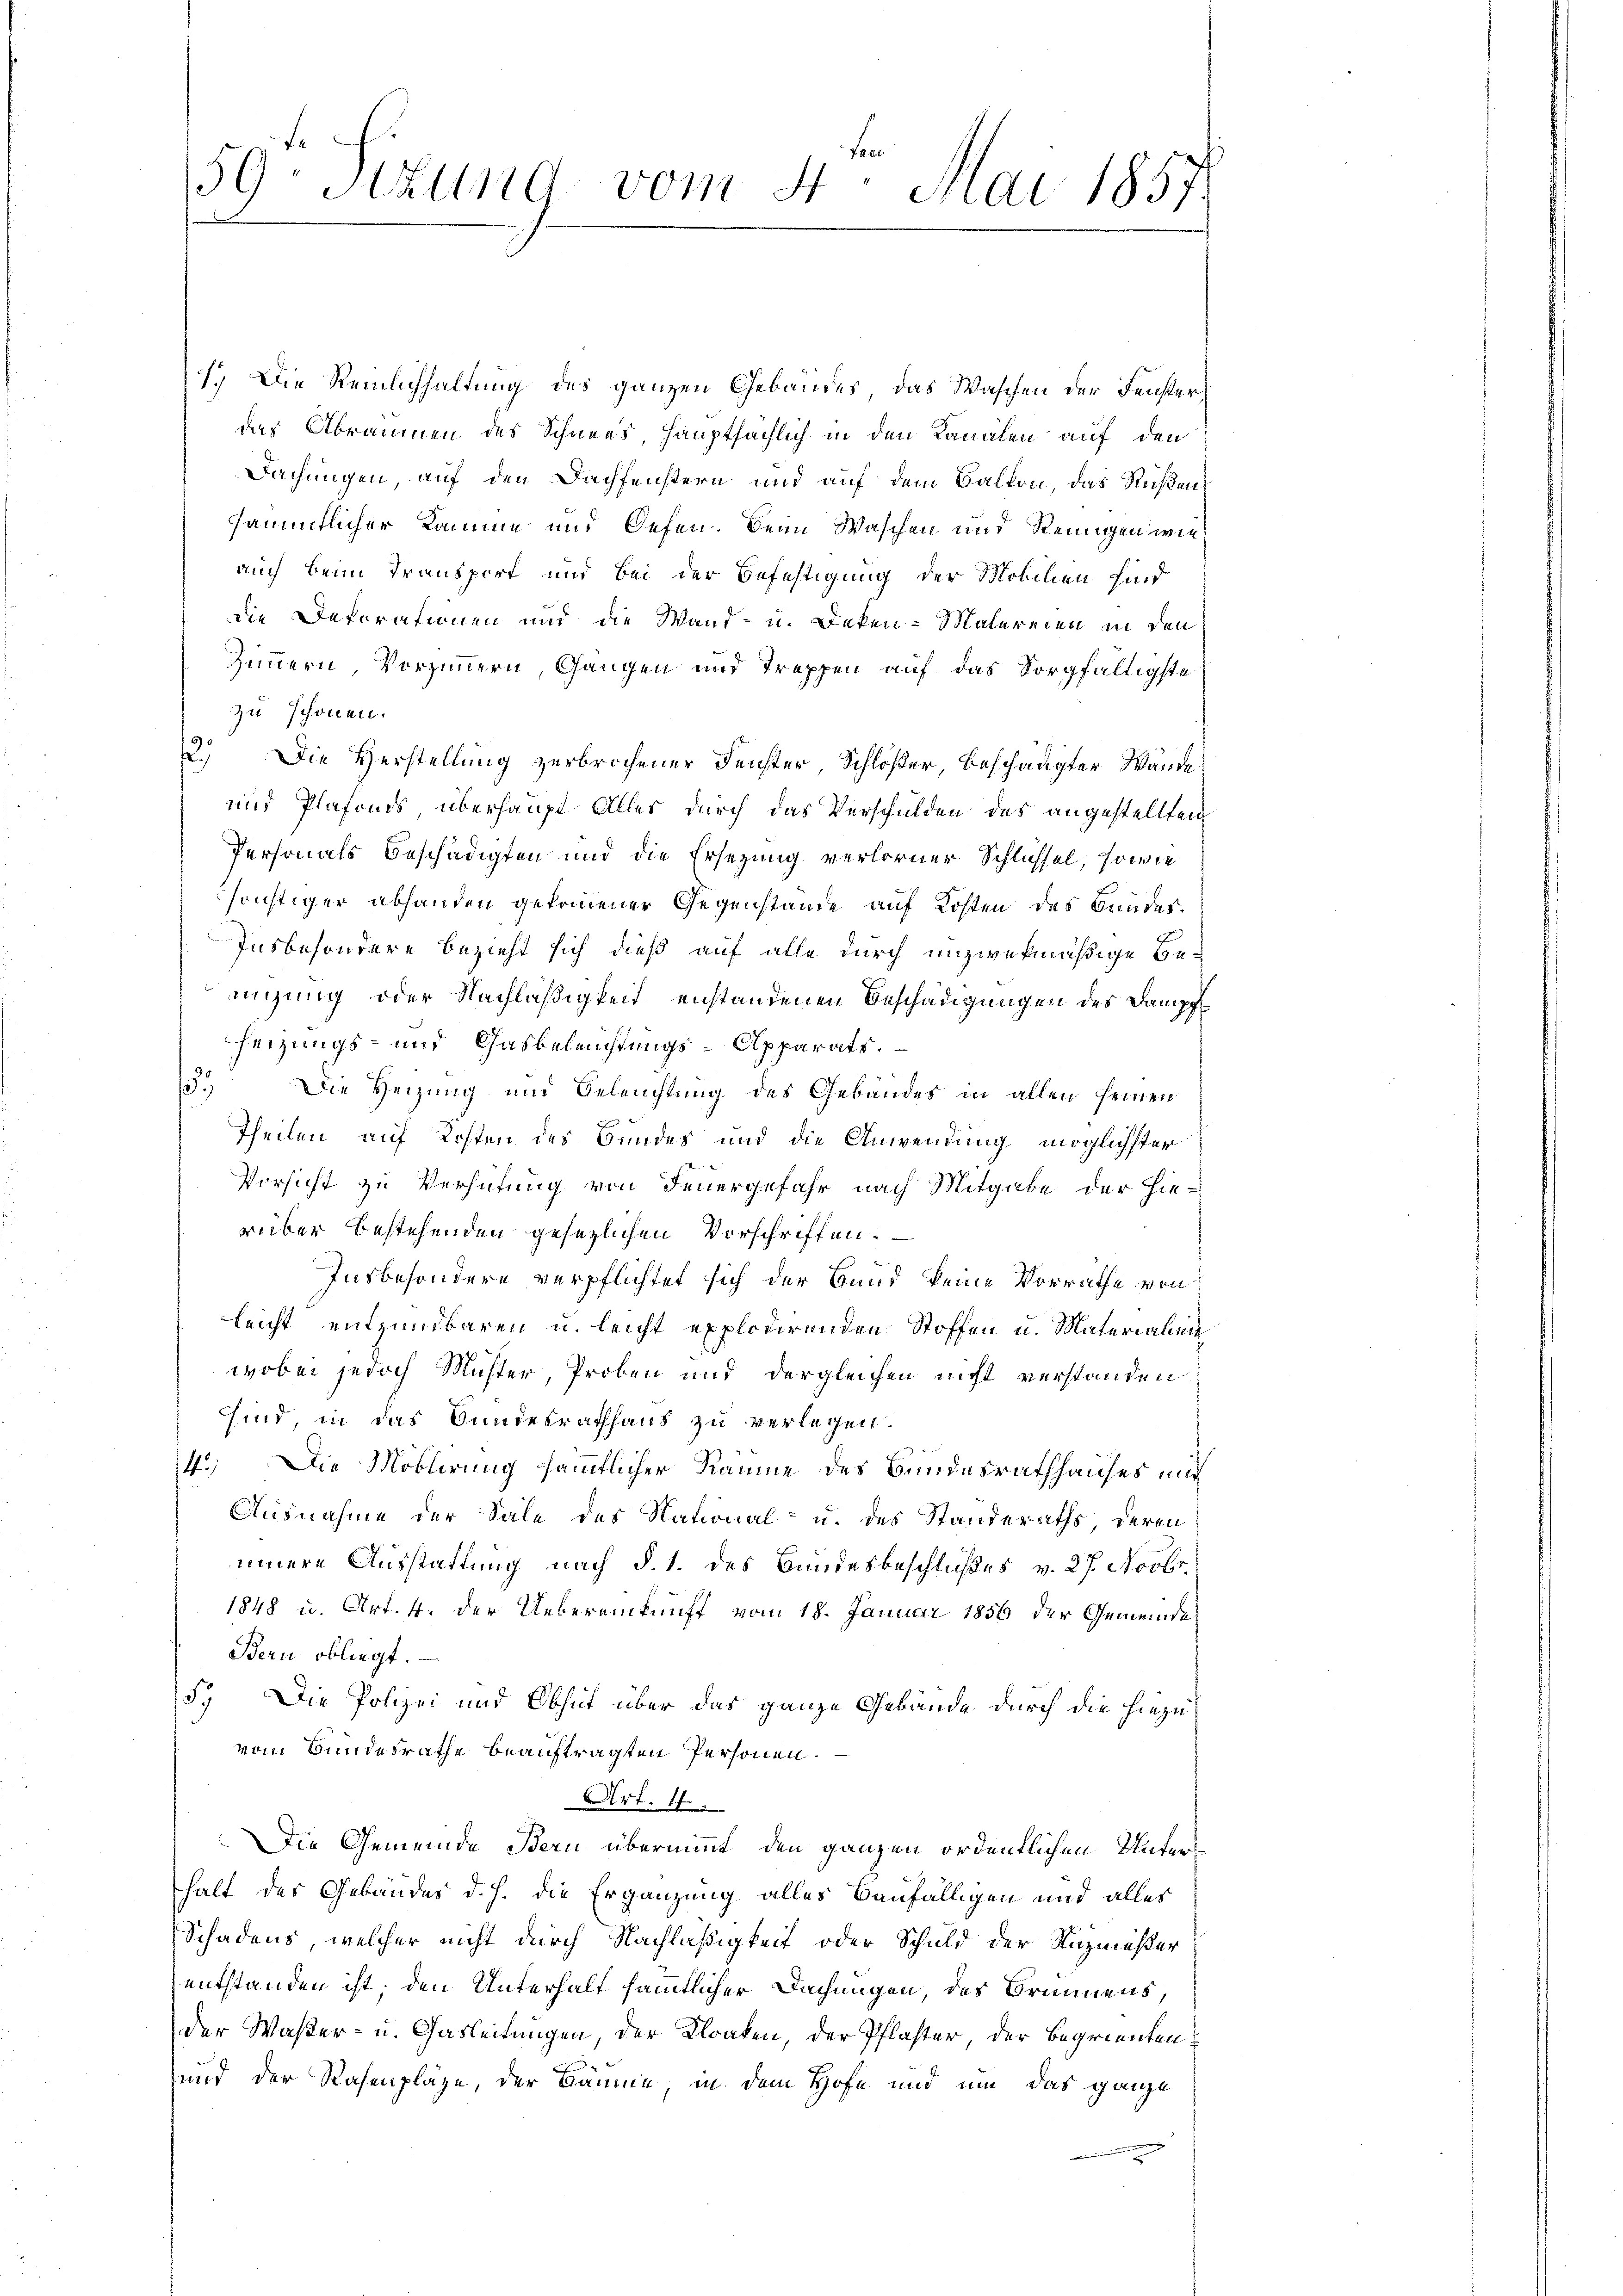
59 schung vom 4. Mai 1857.

1.) Die Reinlichhaltung des ganzen Gebäudes, das Waschen der Fensterdas Abräumen des Schnees, hauptsächlich in den Kanalen auf den
Dachungen, auf den Dachfenstern und auf dem Balkon, das Reißen
sämtlicher Kamme und Oefen. Bein Waschen und Reinigen wieauch beim Transport und bei der Befestigung der Mobilien sind
die Dekorationen und die Wand- u. Deken-Malereien in den
zimmern Vorzimmern, Gangen und Treppen auf das Sorgfältigste
zu schönen.
2.) Die Herstellung zerbrochener Fenster, Schlößer, beschädigter Wände
und Plafonds überhaupt Alles durch das Verschulden des angestellten
Personals Beschädigten und die Ersezung verlorner Schlüssel, sowie
sonstiger abhanden getrinnener Gegenstände auf Kosten des Bundes¬
Insbesondere bezieht sich dieß auf alle durch unzwekmäßige Bemigung oder Nachläßigkeit enstandenen Beschädigungen des Dampf
heizungs- und Gasbeleuchtungs-Apparats.
3.) Die Heizung und Beleuchtung des Gebäudes in allen seinen
Theilen auf Kosten des Bundes und die Anwendung möglichster
Versicht zu Verhütung von Feuergefahr nach Mitgabe der Hie-
rüber bestehenden gesezlichen Vorschriften.
Insbesondere verpflichtet sich der Bund keine Vorrathe von
leicht entzündbaren u. leicht explidirenden Stoffen u. Materialen
wobei jedoch Muster, Proben und dergleichen nicht verstanden
sind in das Bundesrathhaus zu verlegen.
4.) Die Möklirung sämmtlicher Räume des Bundesrathhauses mit
Ausnahme der Sale des National- u. des Standeraths deren
innere Ausstattung nach §. 1. des Bundesbeschlußes v. 27. Novbr.
1848 u. Art. 4. der Uebereinkunft vom 18. Januar 1856 der Gemeinde
Bern obliegt.
5.) Die Polizei und Obhut über das ganze Gebäude durch die hiezu
vom Bundesrathe beauftragten Personen.
Art. 4.
Die Gemeinde Bern übernimmt, den ganzen ordentlichen Untershalt des Gebäudes d. h. die Ergänzung alles Baufälligen und alles
Schadens, welcher nicht durch Nachläßigkeit oder Schuld der Nazmeßer
entstanden ist; den Unterhalt sämmtlicher Dachungen, des Brunnens
der Waßer- u. Gasleitungen, der Kloaken, der Pflaster der Begrienten
und der Rasenpläge, der Bäume, in dem Hofe und um das ganze